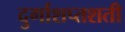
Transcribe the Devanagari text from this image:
दुर्गाशप्तशती